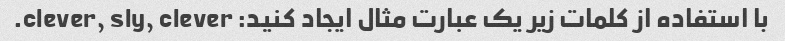
با استفاده از کلمات زیر یک عبارت مثال ایجاد کنید: clever, sly, clever.